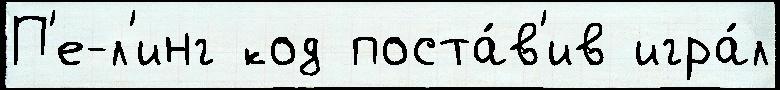
П'е-л'инг код поста́в'ив игра́л